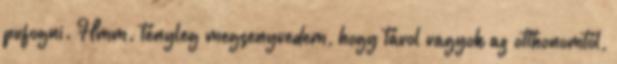
pufogni. Hmm. tényleg megsenyvedem, hogy távol vagyok az otthonomtól,